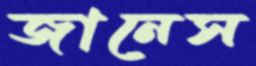
জানেস